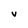
Character: v